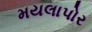
મયલાપોર